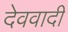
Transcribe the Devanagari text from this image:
देववादी